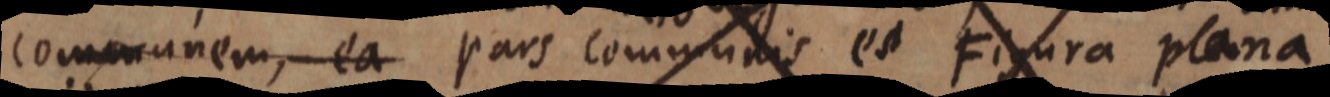
communem, ea pars communis est Figura plana